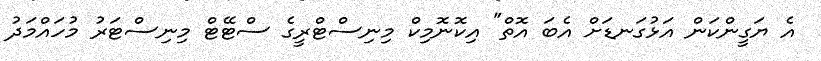
އެ ޔަގީންކަން އަޅުގަނޑަށް އެބަ އޮތް" އިކޮނޮމިކް މިނިސްޓްރީގެ ސްޓޭޓް މިނިސްޓަރު މުހައްމަދު